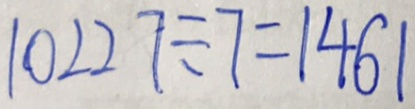
1 0 2 2 7 \div 7 = 1 4 6 1